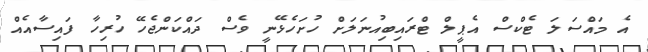
އެ މައްސަލަ ޓެކްސް އެޕީލް ޓްރައިބިއުނަލަށް ހުށަހެޅޭނީ ވެސް ދައްކަންޖެހޭ ހުރިހާ ފައިސާއެއް